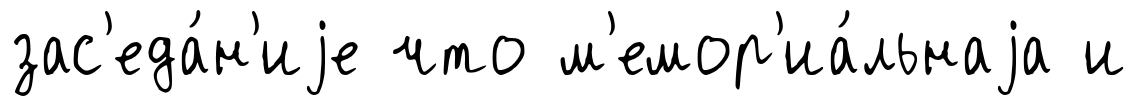
зас'еда́н'иjе что м'емор'иа́льнаjа и